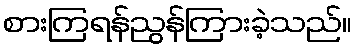
စားကြရန်ညွန်ကြားခဲ့သည်။